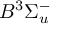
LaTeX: B ^ { 3 } \Sigma _ { u } ^ { - }